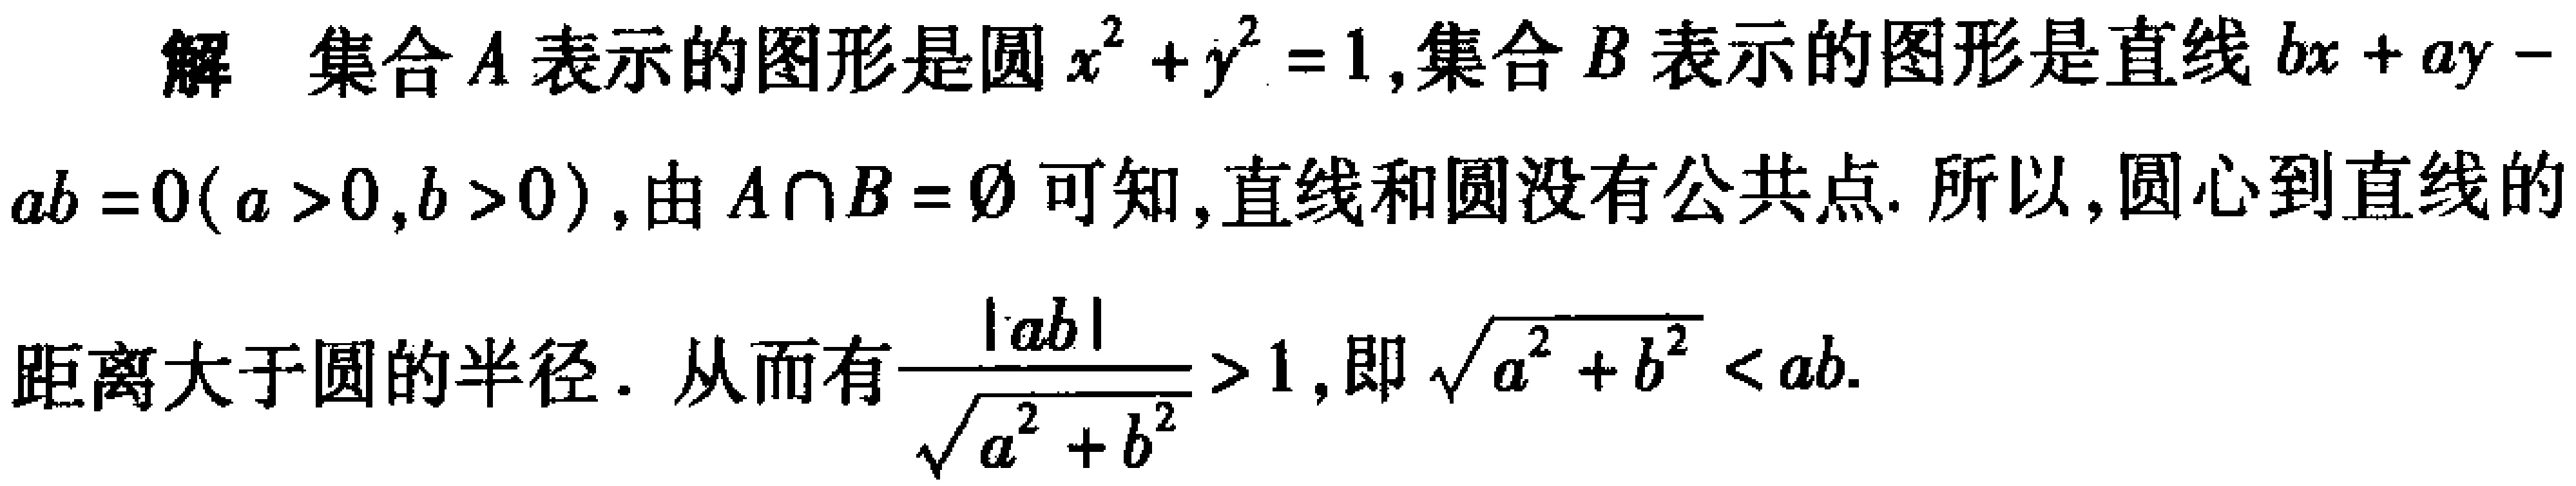
解 集合\(A\)表示的图形是圆\(x^{2}+y^{2}=1\)，集合\(B\)表示的图形是直线\(bx + ay - ab = 0(a > 0,b > 0)\)，由\(A\cap B = \varnothing\)可知，直线和圆没有公共点. 所以，圆心到直线的距离大于圆的半径. 从而有\(\frac{\vert ab\vert}{\sqrt{a^{2}+b^{2}}}>1\)，即\(\sqrt{a^{2}+b^{2}}<ab\).